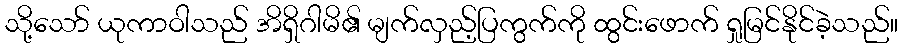
သို့သော် ယုကာဝါသည် အိရှိဂါမိ၏ မျက်လှည့်ပြကွက်ကို ထွင်းဖောက် ရှုမြင်နိုင်ခဲ့သည်။